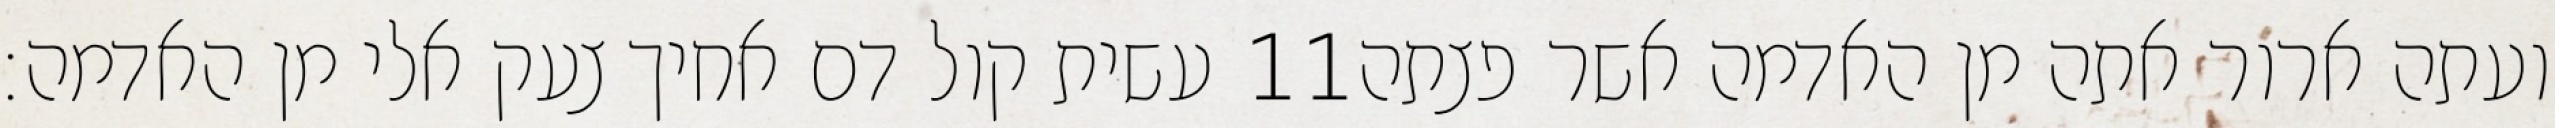
עשית קול דם אחיך צעק אלי מן האדמה׃ ‎11‏ ועתה ארור אתה מן האדמה אשר פצתה